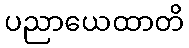
ပညာယေထာတိ